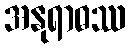
အနုရာဓဿ